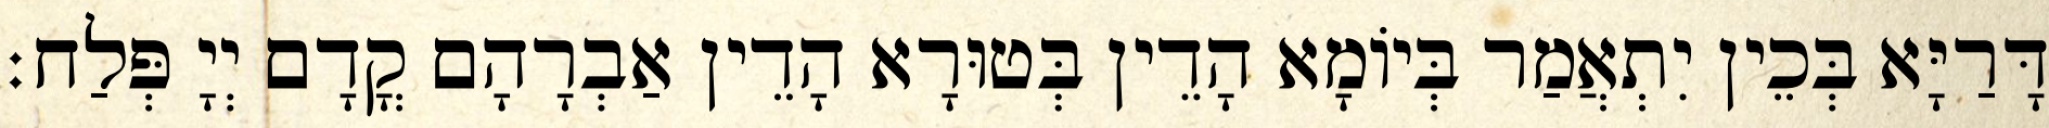
דָּרַיָּא בְּכֵין יִתְאֲמַר בְּיוֹמָא הָדֵין בְּטוּרָא הָדֵין אַבְרָהָם קֳדָם יְיָ פְּלַח׃